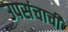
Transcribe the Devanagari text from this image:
उपसंचाची